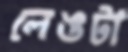
লেঙটা